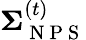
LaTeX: \boldsymbol{\Sigma}_{\mathrm{~N~P~S~}}^{(t)}